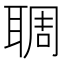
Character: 䎻